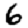
Digit: 6